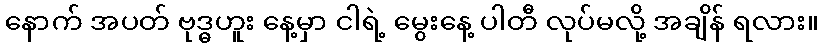
နောက် အပတ် ဗုဒ္ဓဟူး နေ့မှာ ငါရဲ့ မွေးနေ့ ပါတီ လုပ်မလို့ အချိန် ရလား။